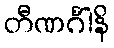
တီဏင်္ဂါနိ